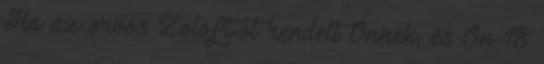
Ha az orvos Zoloft-ot rendelt Önnek, és Ön 18